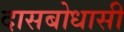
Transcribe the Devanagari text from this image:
दासबोधासी